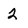
Character: 2